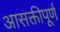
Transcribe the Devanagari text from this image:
आसक्तीपूर्ण